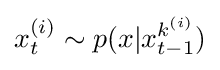
x_{t}^{(i)}\sim p(x|x_{t-1}^{k^{(i)}})